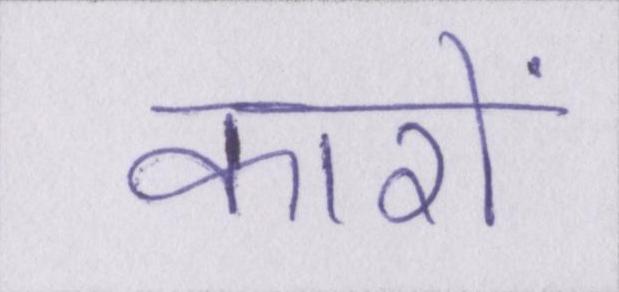
कारों